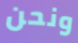
ونحن